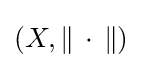
(X,\|\,\cdot \,\|)